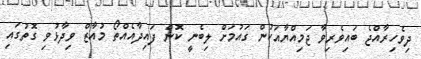
ދިވެހިރާއްޖެ ބައިވެރިވާ ޖަމިއްޔާއަކުން ގައުމަށް ލިބެނީ ކޮން ފައިދާއެއްތޯ މުއާޒް ވިދާޅުވި ގޮތުގައި